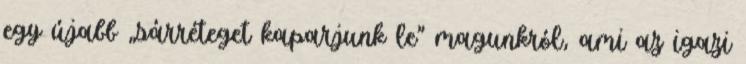
egy újabb „sárréteget kaparjunk le” magunkról, ami az igazi